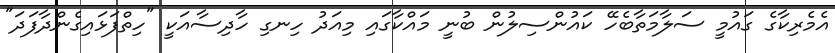
އެމެރިކާގެ ގައުމީ ސަލާމަތާބެހޭ ކައުންސިލުން ބުނީ މައްކާގައި މިއަދު ހިނގި ހާދިސާއަކީ "ހިތްފަޅައިގެންދާފަދަ"